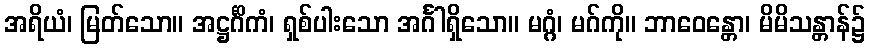
အရိယံ၊ မြတ်သော။ အဋ္ဌင်္ဂိကံ၊ ရှစ်ပါးသော အင်္ဂါရှိသော။ မဂ္ဂံ၊ မဂ်ကို။ ဘာဝေန္တော၊ မိမိသန္တာန်၌